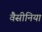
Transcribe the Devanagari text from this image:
वैसीनिया